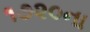
૧૭૨૦ના